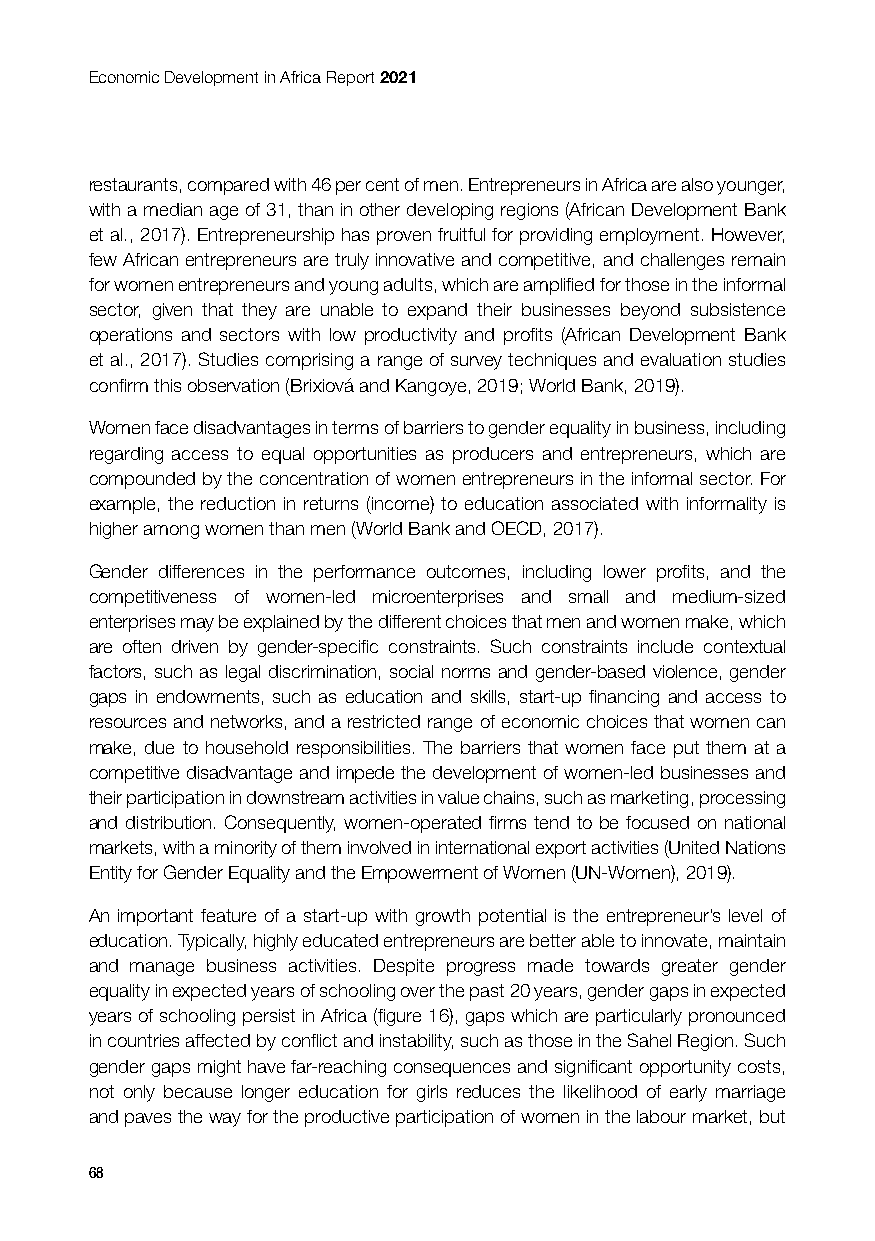
Economic Development in Africa Report 2021
 restaurants, compared with 46 per cent of men. Entrepreneurs in Africa are also younger,
 with a median age of 31, than in other developing regions (African Development Bank
 et al., 2017). Entrepreneurship has proven fruitful for providing employment. However,
 few African entrepreneurs are truly innovative and competitive, and challenges remain
 for women entrepreneurs and young adults, which are amplified for those in the informal
 sector, given that they are unable to expand their businesses beyond subsistence
 operations and sectors with low productivity and profits (African Development Bank
 et al., 2017). Studies comprising a range of survey techniques and evaluation studies
 confirm this observation (Brixiová and Kangoye, 2019; World Bank, 2019).
 Women face disadvantages in terms of barriers to gender equality in business, including
 regarding access to equal opportunities as producers and entrepreneurs, which are
 compounded by the concentration of women entrepreneurs in the informal sector. For
 example, the reduction in returns (income) to education associated with informality is
 higher among women than men (World Bank and OECD, 2017).
 Gender differences in the performance outcomes, including lower profits, and the
 competitiveness of women-led microenterprises and small and medium-sized
 enterprises may be explained by the different choices that men and women make, which
 are often driven by gender-specific constraints. Such constraints include contextual
 factors, such as legal discrimination, social norms and gender-based violence, gender
 gaps in endowments, such as education and skills, start-up financing and access to
 resources and networks, and a restricted range of economic choices that women can
 make, due to household responsibilities. The barriers that women face put them at a
 competitive disadvantage and impede the development of women-led businesses and
 their participation in downstream activities in value chains, such as marketing, processing
 and distribution. Consequently, women-operated firms tend to be focused on national
 markets, with a minority of them involved in international export activities (United Nations
 Entity for Gender Equality and the Empowerment of Women (UN-Women), 2019).
 An important feature of a start-up with growth potential is the entrepreneur’s level of
 education. Typically, highly educated entrepreneurs are better able to innovate, maintain
 and manage business activities. Despite progress made towards greater gender
 equality in expected years of schooling over the past 20 years, gender gaps in expected
 years of schooling persist in Africa (figure 16), gaps which are particularly pronounced
 in countries affected by conflict and instability, such as those in the Sahel Region. Such
 gender gaps might have far-reaching consequences and significant opportunity costs,
 not only because longer education for girls reduces the likelihood of early marriage
 and paves the way for the productive participation of women in the labour market, but
 68